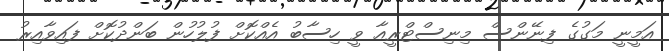
އަމީނީ މަގުގެ ފިނޭންސް މިނިސްޓްރީއާ ވީ ހިސާބު އެއްކޮށް ފުލުހުން ބަންދުކޮށް ފައިވާއިރު